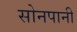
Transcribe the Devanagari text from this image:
सोनपानी